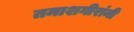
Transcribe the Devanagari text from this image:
तमाशगीरांनी